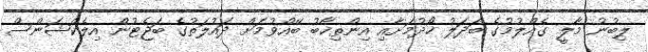
ލިބުނު މާލީ ގެއްލުމުގެ ބަދަލު ހޯދުމަށާއި އިންތިޚާބު ބޭއްވުމަށް ދައުލަތުގެ ބަޖެޓުން އިލެކްޝަންސް